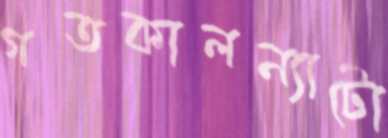
গতকালন্যাটো